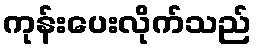
ကုန်းပေးလိုက်သည်